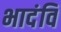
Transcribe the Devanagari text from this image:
भादंवि